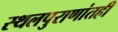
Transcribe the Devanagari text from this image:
स्थलपुराणांतही